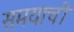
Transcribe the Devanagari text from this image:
समयाची